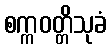
စက္ကဝတ္တိသုခံ